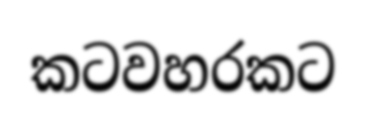
කටවහරකට